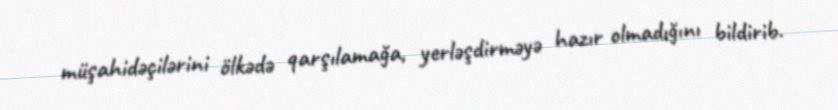
müşahidəçilərini ölkədə qarşılamağa, yerləşdirməyə hazır olmadığını bildirib.